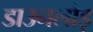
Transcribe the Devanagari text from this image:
डाउनलोड़